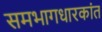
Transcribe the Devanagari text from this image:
समभागधारकांत